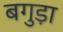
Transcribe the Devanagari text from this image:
बगुड़ा